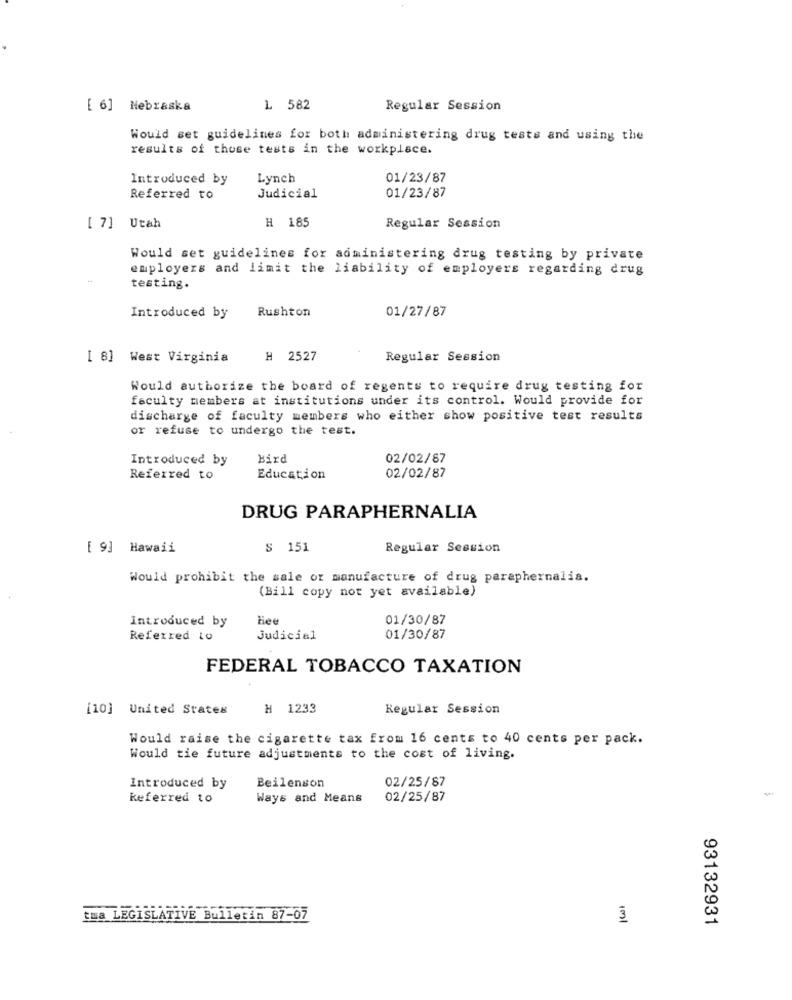
[ 6] Nebraska
1 582
Regular Session
Would set guidelines for both administering drug tests and using the
results of those tests in the workplace.
Introduced by
Lynch
01/23/87
Referred to
Judicial
01/23/87
H 185
[ 7] Utah
Regular Session
Would set guidelines for administering drug testing by private
employers and limit the liability of employers regarding drug
testing.
Rushton
01/27/87
Introduced by
[ 8] West Virginia
H 2527
Regular Session
Would authorize the board of regents to require drug testing for
faculty members at institutions under its control. Would provide for
discharge of faculty members who either show positive test results
or refuse to undergo the test.
Introduced by
Bird
02/02/87
Referred to
Education
02/02/87
DRUG PARAPHERNALIA
[ 9] Hawaii
S 151
Regular Session
Would prohibit the sale or manufacture of drug paraphernalia.
(Bill copy not yet available)
Introduced by
Hee
01/30/87
Referred to
Judicial
01/30/87
FEDERAL TOBACCO TAXATION
[10] United States
H 1233
Regular Session
Would raise the cigarette tax from 16 cents to 40 cents per pack.
Would tie future adjustments to the cost of living.
Introduced by
Beilenson
02/25/87
Referred to
Ways and Means
02/25/87
tua LEGISLATIVE Bulletin 87-07
3
93132931